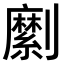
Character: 𠠣